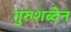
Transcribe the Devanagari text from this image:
गुरुशब्देन